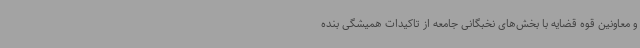
و معاونین قوه قضایه با بخش‌های نخبگانی جامعه از تاکیدات همیشگی بنده